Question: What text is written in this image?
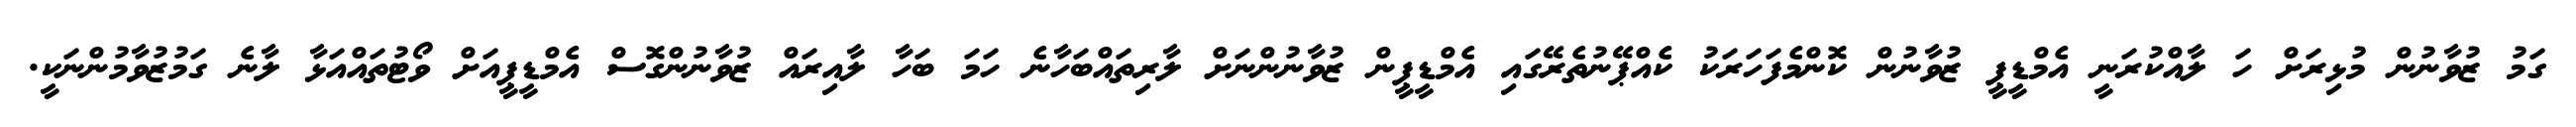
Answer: ގަމު ޒުވާނުން މުޅިރަށް ހަ ލާއްކުރަނީ އެމްޑީޕީ ޒުވާނުން ކޮންމެފަހަރަކު ކެއްޕޭނުތެރޭގައި އެމްޑީޕީން ޒުވާނުންނަށް ލާރިތައްބަހާނެ ހަމަ ބަހާ ލާއިރައް ޒުވާނުންގޮސް އެމްޑީޕީއަށް ވޯޓުތައްއަޅާ ލާނެ ގަމުޒުވާމުންނަކީ.